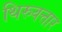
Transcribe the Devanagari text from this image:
थिरुवत्तार